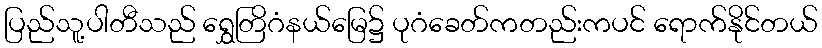
ပြည်သူ့ပါတီသည် ရွှေတြိဂံနယ်မြေ၌ ပုဂံခေတ်ကတည်းကပင် ရောက်နိုင်တယ်